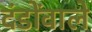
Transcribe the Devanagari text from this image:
दंडोंवाले